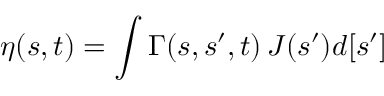
\eta ( s , t ) = \int \Gamma ( s , s ^ { \prime } , t ) \, J ( s ^ { \prime } ) d [ s ^ { \prime } ]